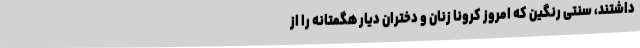
داشتند، سنتی رنگین که امروز کرونا زنان و دختران دیار هگمتانه را از